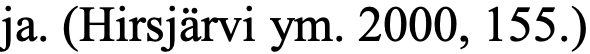
ja. (Hirsjärvi ym. 2000, 155.)